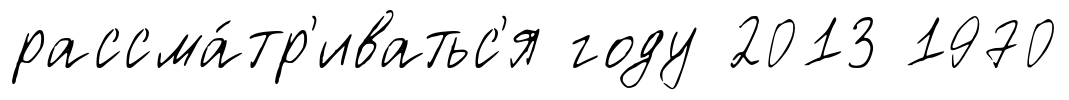
рассма́тр'иватьс'я году 2013 1970